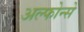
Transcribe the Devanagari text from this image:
अल्फोन्से